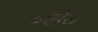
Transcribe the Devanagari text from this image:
श्रद्धेस